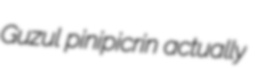
Guzul pinipicrin actually